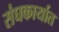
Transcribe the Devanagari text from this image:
संघकार्यात